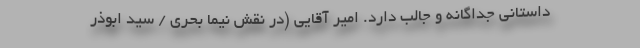
داستانی جداگانه و جالب دارد. امیر آقایی (در نقش نیما بحری / سید ابوذر